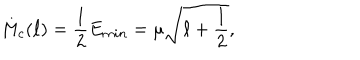
M _ { c } ( \ell ) = \frac { 1 } { 2 } E _ { m i n } = \mu \sqrt { \ell + \frac { 1 } { 2 } } ,